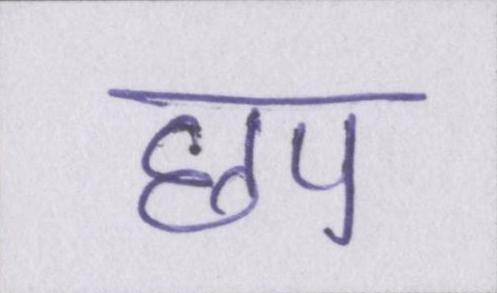
छप